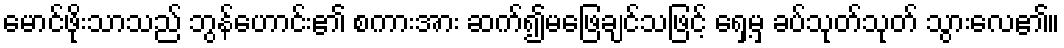
မောင်ဖိုးသာသည် ဘွန်ဟောင်း၏ စကားအား ဆက်၍မဖြေချင်သဖြင့် ရှေ့မှ ခပ်သုတ်သုတ် သွားလေ၏။